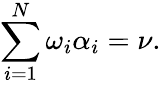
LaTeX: \sum_{i=1}^{N}\omega_{i}\alpha_{i}=\nu.